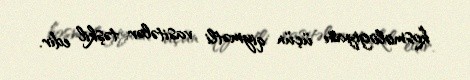
kosmologiyası üçün qiymətli vasitələr təşkil edir.